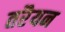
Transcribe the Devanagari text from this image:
तरैयन